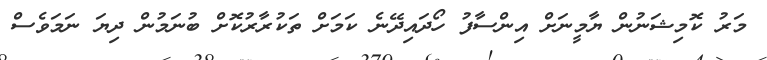
މަރު ކޮމިޝަނުން ޔާމީނަށް އިންސާފު ހޯދައިދޭނެ ކަމަށް ތަކުރާރުކޮށް ބުނަމުން ދިޔަ ނަމަވެސް